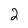
Character: 2